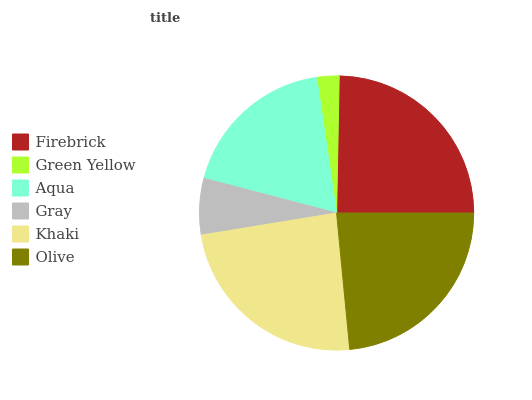
| Firebrick | Green Yellow | Aqua | Gray | Khaki | Olive |
 | --- | --- | --- | --- | --- | --- |
 | 24.7% | 2.63% | 18.6% | 6.64% | 24% | 23.4% |